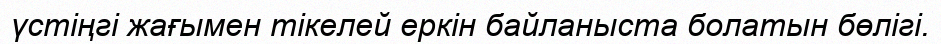
үстіңгі жағымен тікелей еркін байланыста болатын бөлігі.